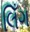
લિઁગ